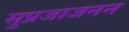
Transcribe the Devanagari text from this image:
सुप्रजाजनन